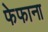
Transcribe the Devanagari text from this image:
फेफाना